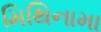
મિથિનામા